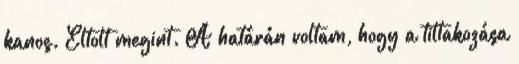
kanos. Eltolt megint. A határán voltam, hogy a tiltakozása